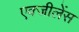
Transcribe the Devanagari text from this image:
एक्जीलेंस